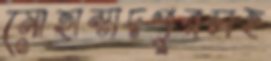
মোহাম্মদপুরসহ